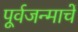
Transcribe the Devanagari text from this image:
पूर्वजन्माचें